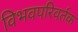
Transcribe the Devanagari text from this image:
विभवपरिवर्तक